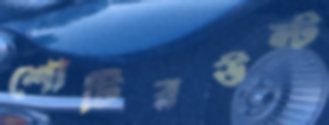
শোটিরউল্‌ট